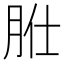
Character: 𦙰